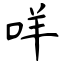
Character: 咩